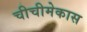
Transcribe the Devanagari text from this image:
चीचीमेकास